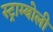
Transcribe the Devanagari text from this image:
स्ट्राम्बोली